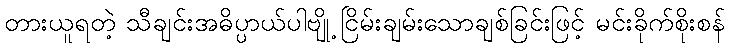
တားယူရတဲ့ သီချင်းအဓိပ္ပာယ်ပါဗျို့ ငြိမ်းချမ်းသောချစ်ခြင်းဖြင့် မင်းခိုက်စိုးစန်